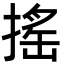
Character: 搖